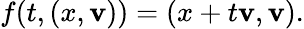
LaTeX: f(t,(x,\mathbf{v}))=(x+t\mathbf{v},\mathbf{v}).